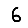
Digit: 6